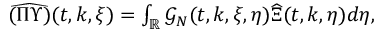
\begin{array} { r } { \widehat { ( \Pi \Upsilon ) } ( t , k , \xi ) = \int _ { \mathbb { R } } \mathcal { G } _ { N } ( t , k , \xi , \eta ) \widehat { \Xi } ( t , k , \eta ) d \eta , } \end{array}